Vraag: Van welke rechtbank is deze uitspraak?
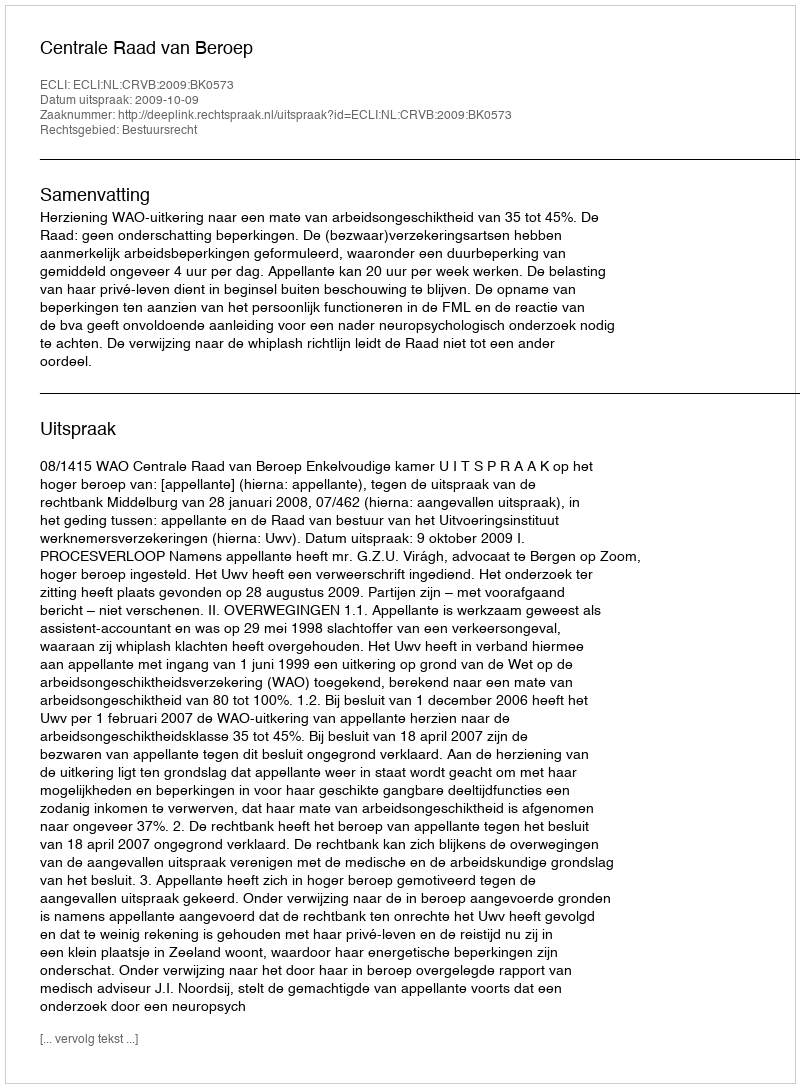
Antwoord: Centrale Raad van Beroep